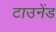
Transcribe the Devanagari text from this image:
टाउनेंड